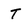
Character: T